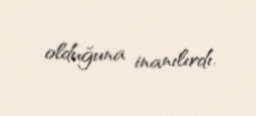
olduğuna inanılırdı.